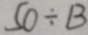
5 3 \div B